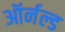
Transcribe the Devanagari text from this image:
ऑर्नल्ड